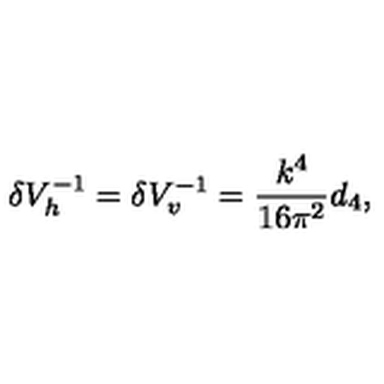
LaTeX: \delta V _ { h } ^ { - 1 } = \delta V _ { v } ^ { - 1 } = { \frac { k ^ { 4 } } { 1 6 \pi ^ { 2 } } } d _ { 4 } ,